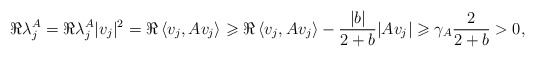
\begin{align*} \Re\lambda_j^A = \Re\lambda_j^A |v_j|^2 = \Re\left\langle v_j,Av_j\right\rangle \geqslant \Re\left\langle v_j,Av_j\right\rangle -\frac{|b|}{2+b}|Av_j| \geqslant \gamma_A\frac{2}{2+b} >0, \end{align*}